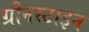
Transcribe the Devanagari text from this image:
ग्रीनस्टाइन